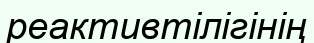
реактивтілігінің